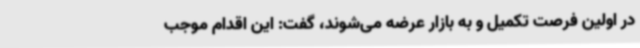
در اولین فرصت تکمیل و به بازار عرضه می‌شوند، گفت: این اقدام موجب